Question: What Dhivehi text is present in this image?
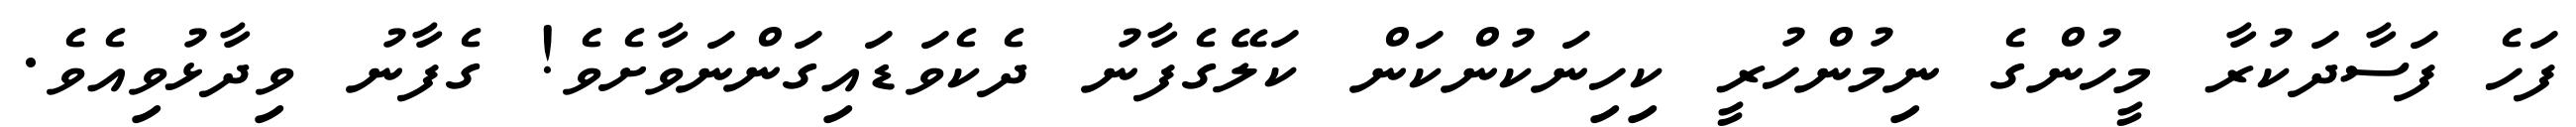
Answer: ފަހެ ފަސާދަކުރާ މީހުންގެ ނިމުންހުރީ ކިހިނަކުންކަން ކަލޭގެފާނު ދެކެވަޑައިގަންނަވާށެވެ! ގެފާނު ވިދާޅުވިއެވެ.